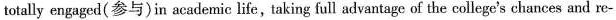
totallyengaged (参与) in academic life, taking full advantage of the college's chances and re-